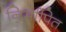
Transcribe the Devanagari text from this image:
निर्मापित